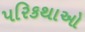
પરિકથાઓ